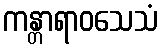
ကန္တာရာဝသေသံ